Indian journal of veterinary science and animal husbandry - Volumes 22-23, 1952-1953
Year: 1952
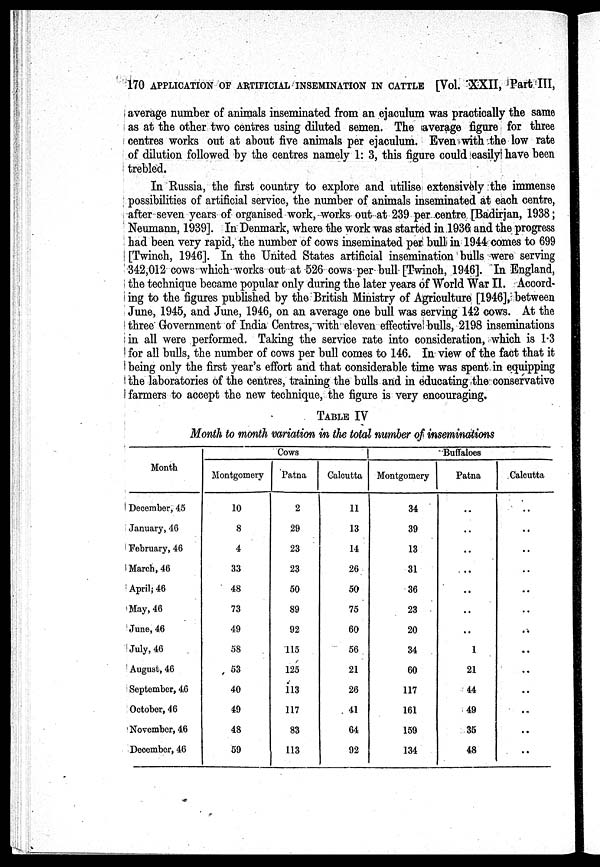
170 APPLICATION OF ARTIFICIAL INSEMINATION IN CATTLE [Vol. XXII, Part III,
average number of animals inseminated from an ejaculum was practically the same
as at the other two centres using diluted semen. The average figure for three
centres works out at about five animals per ejaculum. Even with the low rate
of dilution followed by the centres namely 1: 3, this figure could easily have been
trebled.
In Russia, the first country to explore and utilise extensively the immense
possibilities of artificial service, the number of animals inseminated at each centre,
after seven years of organised work,works out at 239 per centre [Badirjan, 1938;
Neumann, 1939]. In Denmark, where the work was started in 1936 and the progress
had been very rapid, the number of cows inseminated per bull in 1944 comes to 699
[Twinch, 1946]. In the United States artificial insemination bulls were serving
342,012 cows which works out at 526 cows per bull [Twinch, 1946]. In England,
the technique became popular only during the later years of World War II. Accord-
ing to the figures published by the British Ministry of Agriculture [1946], between
June, 1945, and June, 1946, on an average one bull was serving 142 cows. At the
three Government of India Centres, with eleven effective bulls, 2198 inseminations
in all were performed. Taking the service rate into consideration, which is 1.3
for all bulls, the number of cows per bull comes to 146. In view of the fact that it
being only the first year's effort and that considerable time was spent in equipping
the laboratories of the centres, training the bulls and in educating the conservative
farmers to accept the new technique, the figure is very encouraging.
TABLE IV
Month to month variation in the total number of inseminations
Month
December, 45
January, 46
February, 46
March, 46
April, 46
May, 46
June, 46
July, 46
August, 46
September, 46
October, 46
November, 46
December, 46
Cows
Montgomery
10
8
4
33
48
73
49
58
53
40
49
48
59
Patna
2
29
23
23
50
89
92
115
125
113
117
83
113
Calcutta
11
13
14
26
50
75
60
56
21
26
41
64
92
Buffaloes
Montgomery
34
39
13
31
36
23
20
34
60
117
161
159
134
Patna
. .
. .
. .
. .
. .
. .
. .
1
21
44
49
35
48
Calcutta
. .
. .
. .
. .
. .
. .
. .
. .
. .
. .
. .
. .
. .